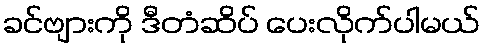
ခင်ဗျားကို ဒီတံဆိပ် ပေးလိုက်ပါမယ်